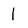
Character: l